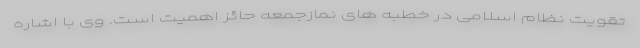
تقویت نظام اسلامی در خطبه های نمازجمعه حائز اهمیت است. وی با اشاره